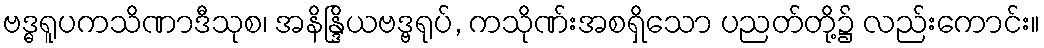
ဗဒ္ဓရူပကသိဏာဒီသုစ၊ အနိန္ဒြိယဗဒ္ဗရုပ်, ကသိုဏ်းအစရှိသော ပညတ်တို့၌ လည်းကောင်း။